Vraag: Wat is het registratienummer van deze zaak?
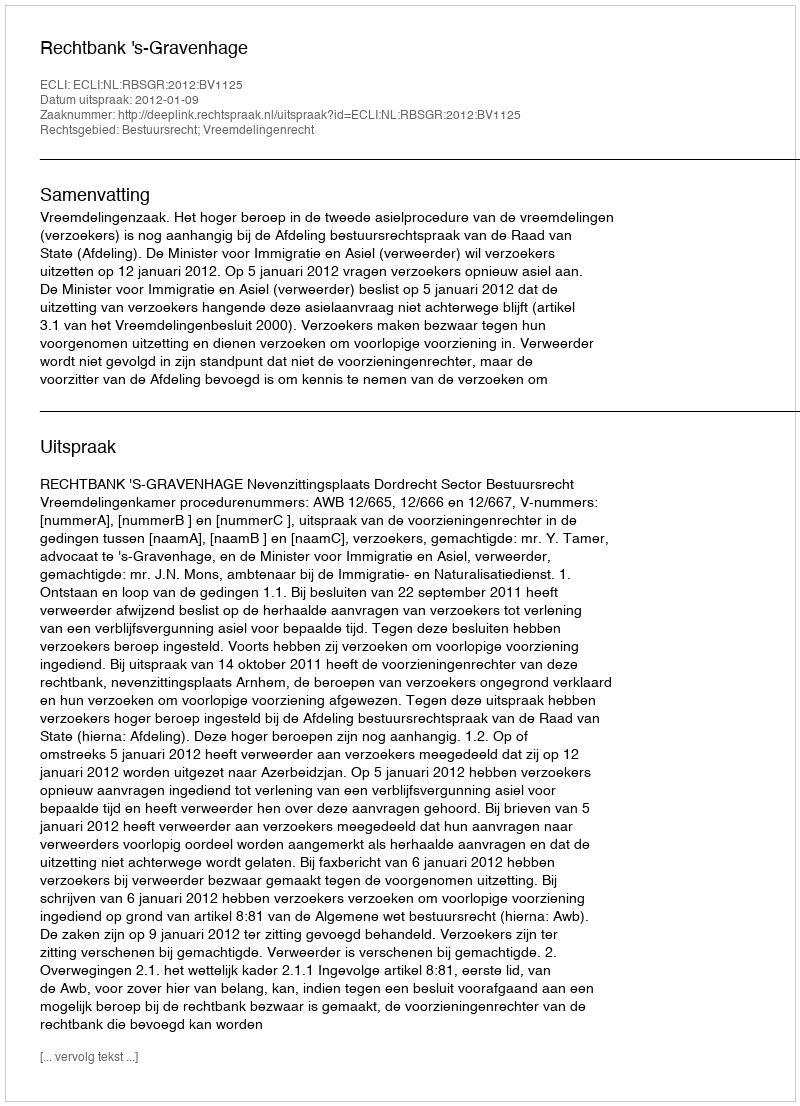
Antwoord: http://deeplink.rechtspraak.nl/uitspraak?id=ECLI:NL:RBSGR:2012:BV1125